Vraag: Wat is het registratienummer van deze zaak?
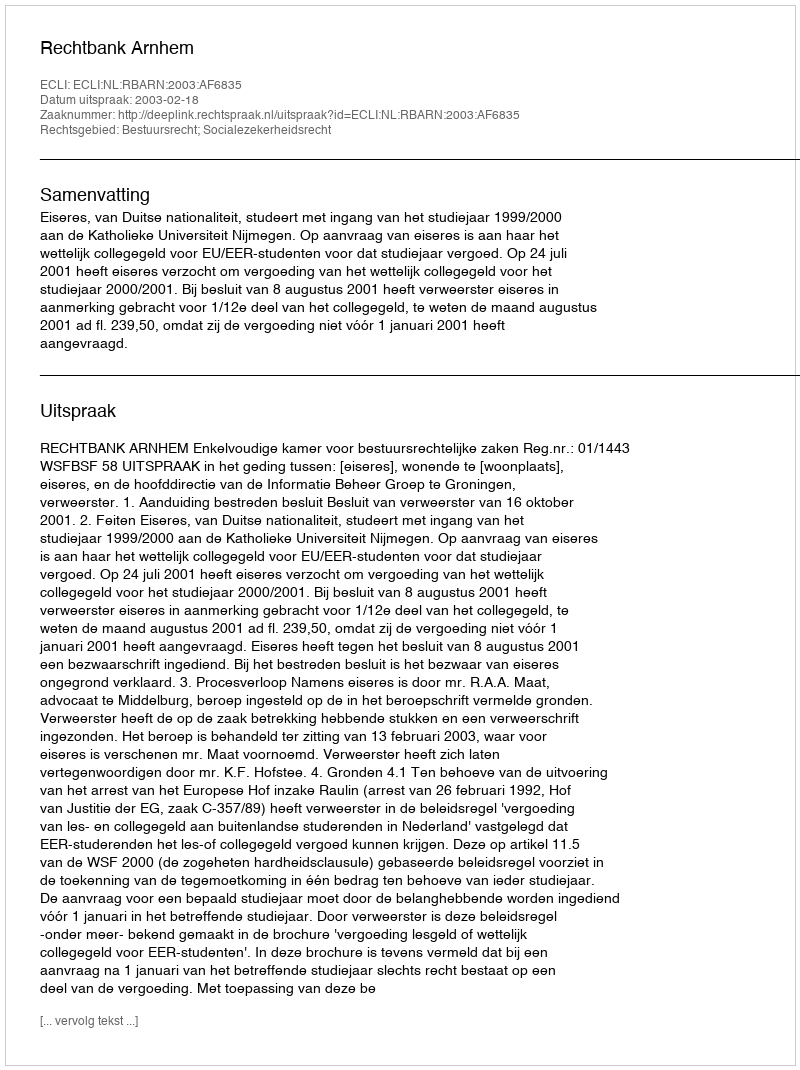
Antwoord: http://deeplink.rechtspraak.nl/uitspraak?id=ECLI:NL:RBARN:2003:AF6835